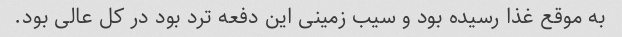
به موقع غذا رسیده بود و سیب زمینی این دفعه ترد بود در کل عالی بود.